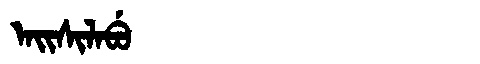
Manchu: ᠠᡳᠰᡳᠯᠠᠪᡠ
Romanization: AISILABU